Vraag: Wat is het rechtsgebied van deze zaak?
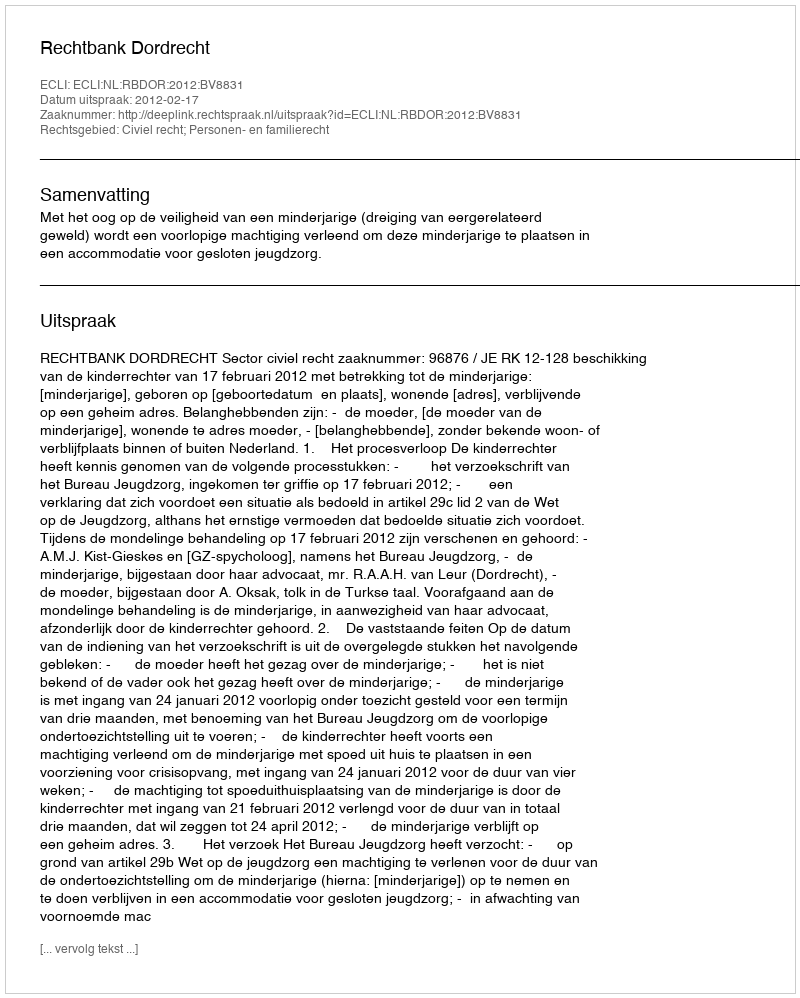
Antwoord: Civiel recht; Personen- en familierecht